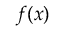
f ( { \boldsymbol { x } } )